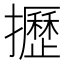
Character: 攊